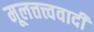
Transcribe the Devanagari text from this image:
मूलत्तत्त्ववादी